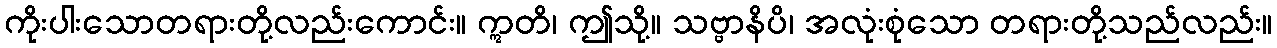
ကိုးပါးသောတရားတို့လည်းကောင်း။ ဣတိ၊ ဤသို့။ သဗ္ဗာနိပိ၊ အလုံးစုံသော တရားတို့သည်လည်း။